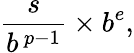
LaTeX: {\frac{s}{b^{\, p-1}}}\times b^{e},